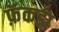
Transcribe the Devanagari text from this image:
फ़ॅकडा